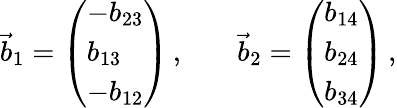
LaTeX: \begin{array}{rlr}{\vec{b}_{1}=\left(\begin{array}{l}{-b_{23}}\\ {b_{13}}\\ {-b_{12}}\end{array}\right)\, ,}&{{}}&{\vec{b}_{2}=\left(\begin{array}{l}{b_{14}}\\ {b_{24}}\\ {b_{34}}\end{array}\right)\, ,}\end{array}